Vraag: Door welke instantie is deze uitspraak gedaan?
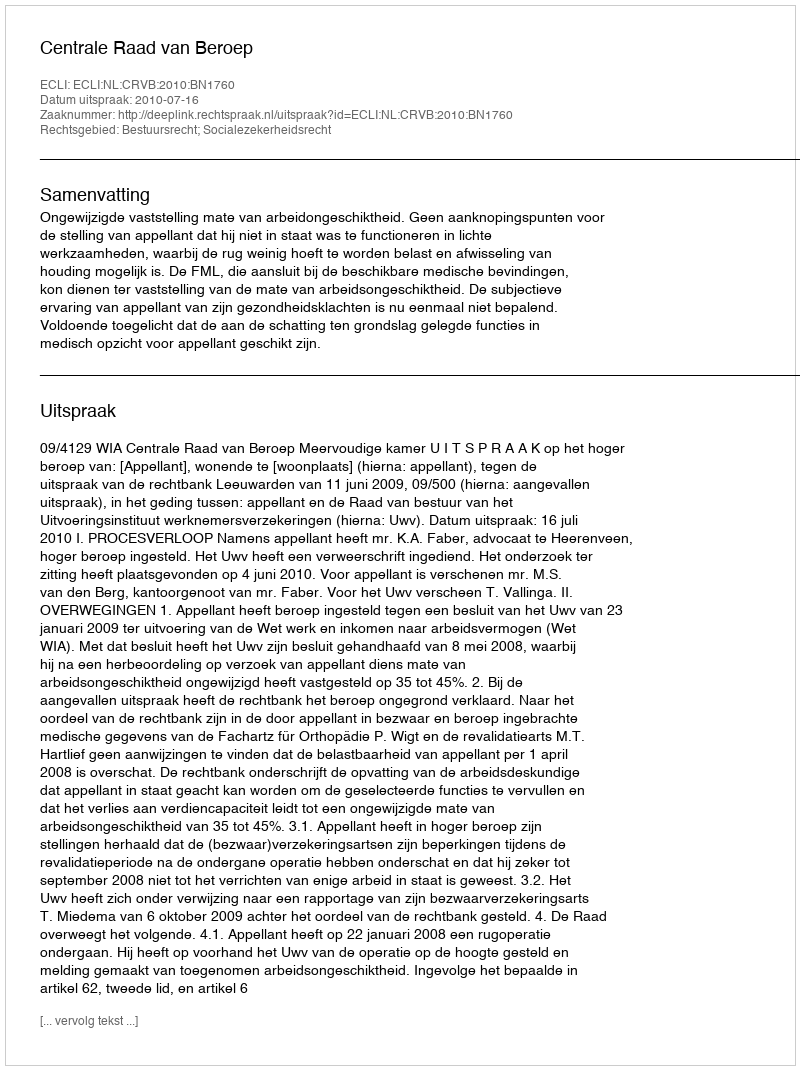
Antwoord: Centrale Raad van Beroep